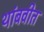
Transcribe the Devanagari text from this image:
थांबवीत